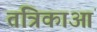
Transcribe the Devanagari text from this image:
तंत्रिकाआं